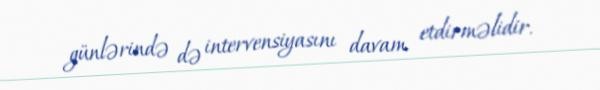
günlərində də intervensiyasını davam etdirməlidir.